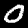
Label: 0